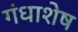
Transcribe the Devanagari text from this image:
गंधाशेष